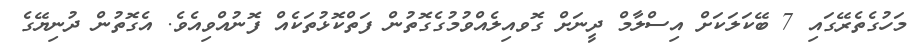
މަހުގެތެރޭގައި 7 ބޭކަލަކަށް އިސްލާމް ދީނަށް ގޮވއިލެއްވުމުގެގޮތުން ފަތްކޮޅުތަކެއް ފޮނުއްވިއެވެ. އެގޮތުން ދުނިޔޭގެ